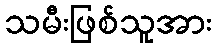
သမီးဖြစ်သူအား